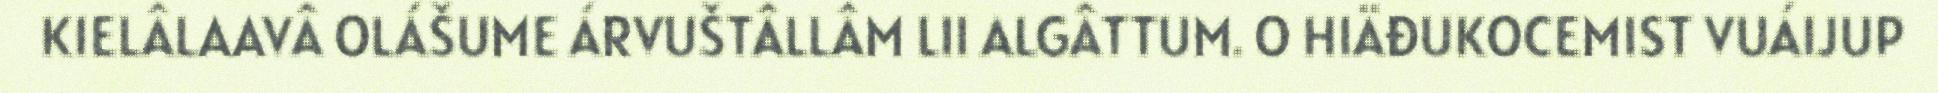
KIELÂLAAVÂ OLÁŠUME ÁRVUŠTÂLLÂM LII ALGÂTTUM. O HIÄĐUKOCEMIST VUÁIJUP